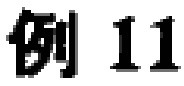
例 11